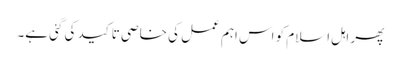
پھر اہل اسلام کو اس اہم عمل کی خاصی تاکید کی گئی ہے۔